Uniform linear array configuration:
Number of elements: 12
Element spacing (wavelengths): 1
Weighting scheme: exponential
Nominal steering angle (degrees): -45
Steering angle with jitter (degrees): -44.699
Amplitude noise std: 0.05
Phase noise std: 0.05

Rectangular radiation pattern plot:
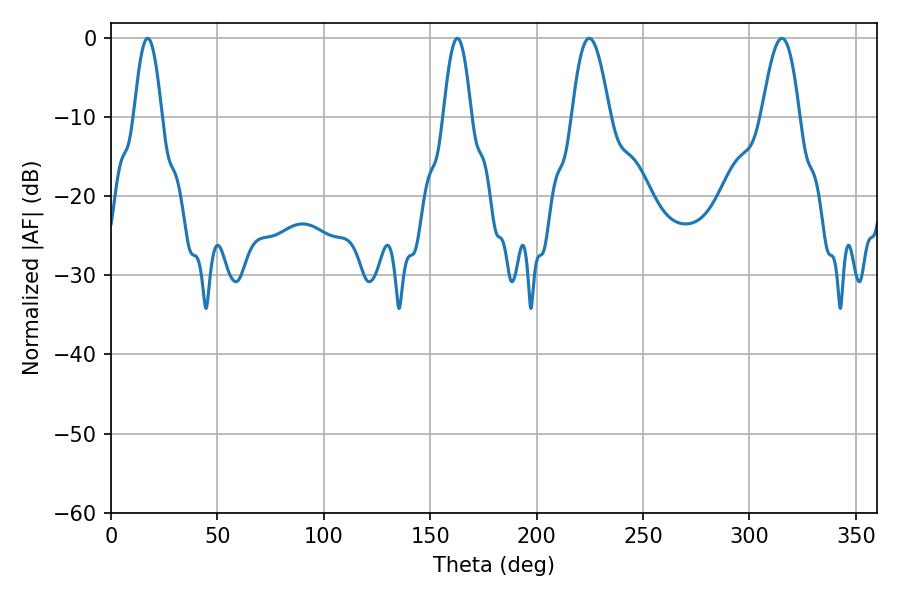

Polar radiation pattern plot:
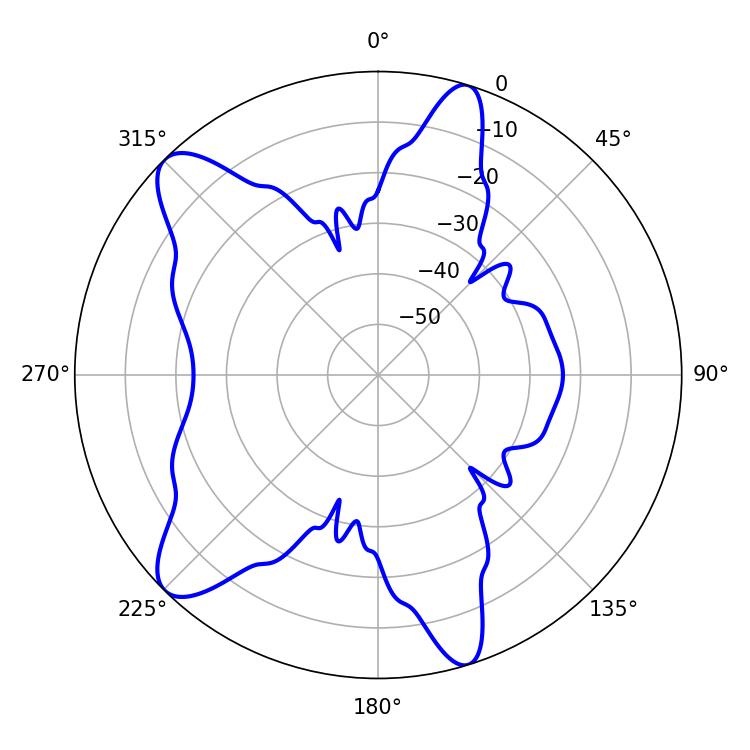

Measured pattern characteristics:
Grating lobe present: TRUE
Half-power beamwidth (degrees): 7.02
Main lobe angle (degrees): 17.28